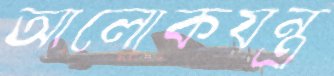
আলোকযন্ত্র